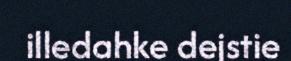
illedahke dejstie